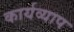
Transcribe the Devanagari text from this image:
कार्यव्याप